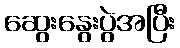
ဆွေးနွေးပွဲအပြီး